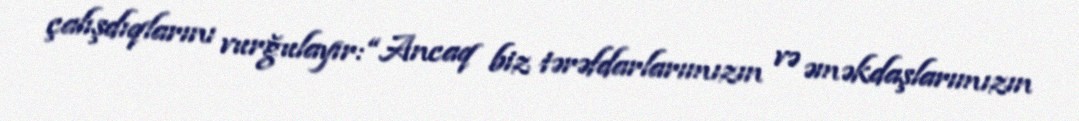
çalışdıqlarını vurğulayır: “Ancaq biz tərəfdarlarımızın və əməkdaşlarımızın